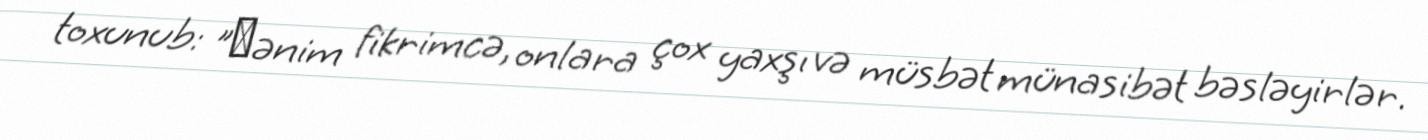
toxunub: "Мənim fikrimcə, onlara çox yaxşı və müsbət münasibət bəsləyirlər.